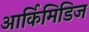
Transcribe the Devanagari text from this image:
आर्किमिडिज